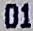
01